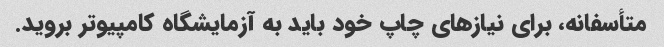
متأسفانه، برای نیازهای چاپ خود باید به آزمایشگاه کامپیوتر بروید.